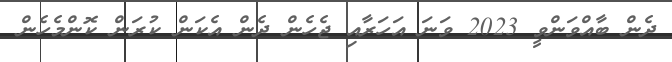
ދެން ބާއްވަންވީ 2023 ވަނަ އަހަރާއި ޖެހެން ދެން އެކަން ކުރަން ކޮންމެހެން